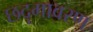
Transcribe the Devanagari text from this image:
छदृमावरण